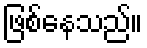
ဖြစ်နေသည်။